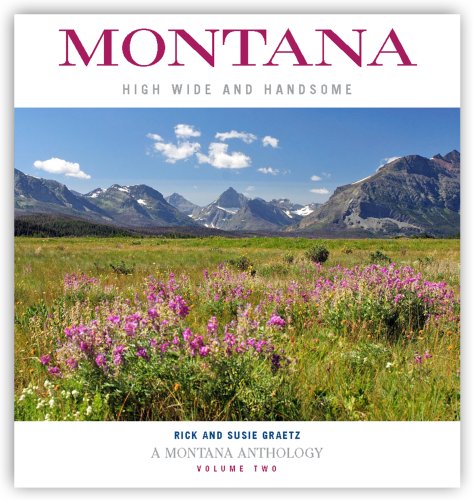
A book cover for Montana: High, Wide, and Handsome, Volume 2; Rick Graetz; Travel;